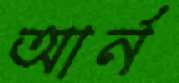
আর্ন